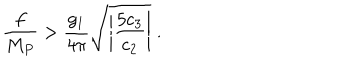
LaTeX: \frac { f } { M _ { P } } > \frac { g _ { 1 } } { 4 \pi } \sqrt { \left| \frac { 5 c _ { 3 } } { c _ { 2 } } \right| } \; .